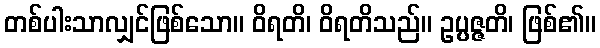
တစ်ပါးသာလျှင်ဖြစ်သော။ ဝိရတိ၊ ဝိရတိသည်။ ဥပ္ပဇ္ဇတိ၊ ဖြစ်၏။